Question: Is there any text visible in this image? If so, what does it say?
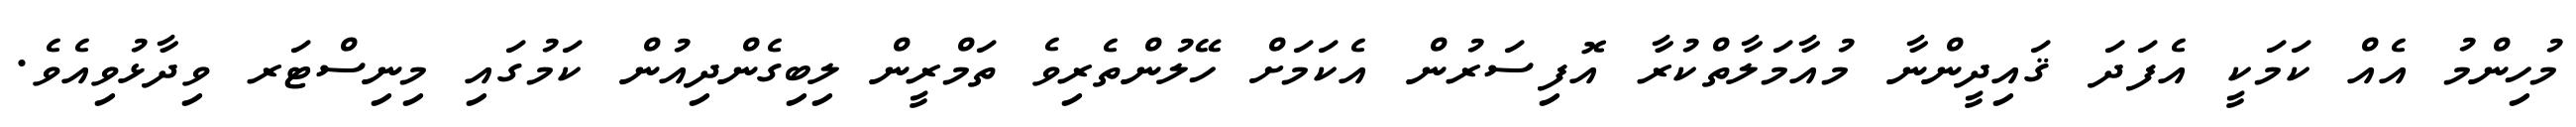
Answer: މުހިންމު އެއް ކަމަކީ އެފަދަ ޤައިދީންނާ މުއާމަލާތްކުރާ އޮފިސަރުން އެކަމަށް ހޭލުންތެރިވެ ތަމްރީން ލިބިގެންދިއުން ކަމުގައި މިނިސްޓަރ ވިދާޅުވިއެވެ.